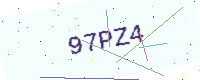
Text: 97PZ4